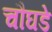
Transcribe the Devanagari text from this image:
चौघडे